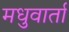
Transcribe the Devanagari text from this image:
मधुवार्ता